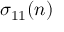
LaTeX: \sigma _ { 1 1 } ( n )